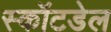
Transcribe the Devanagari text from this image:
स्कॉटडेल